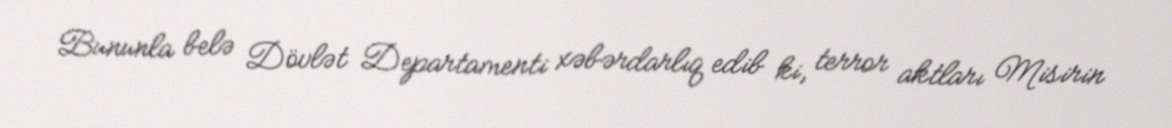
Bununla belə Dövlət Departamenti xəbərdarlıq edib ki, terror aktları Misirin